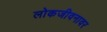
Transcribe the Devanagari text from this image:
लोकजीवनावर